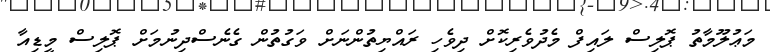
މަޢުލޫމާތު ޕޮލިސް ލައިފް މެދުވެރިކޮށް ދިވެހި ރައްޔިތުންނަށް ވަގުތުން ގެނެސްދިނުމަށް ޕޮލިސް މީޑިއާ